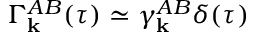
\Gamma _ { \bf k } ^ { A B } ( \tau ) \simeq \gamma _ { \bf k } ^ { A B } \delta ( \tau )